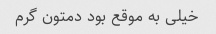
خیلی به موقع بود دمتون گرم